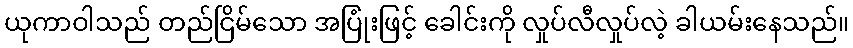
ယုကာဝါသည် တည်ငြိမ်သော အပြုံးဖြင့် ခေါင်းကို လှုပ်လီလှုပ်လဲ့ ခါယမ်းနေသည်။